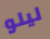
ليلو